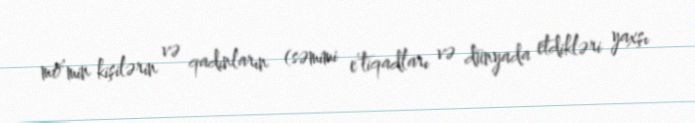
mö’min kişilərin və qadınların (səmimi e’tiqadları və dünyada etdikləri yaxşı